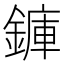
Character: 龲